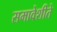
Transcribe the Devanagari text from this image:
समावेशीते